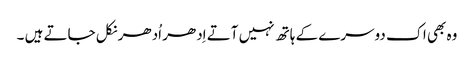
وہ بھی اک دوسرے کے ہاتھ نہیں آتے اِدھر اُدھر نکل جاتے ہیں ۔